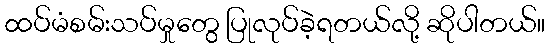
ထပ်မံစမ်းသပ်မှုတွေ ပြုလုပ်ခဲ့ရတယ်လို့ ဆိုပါတယ်။